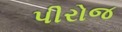
પીરોજ